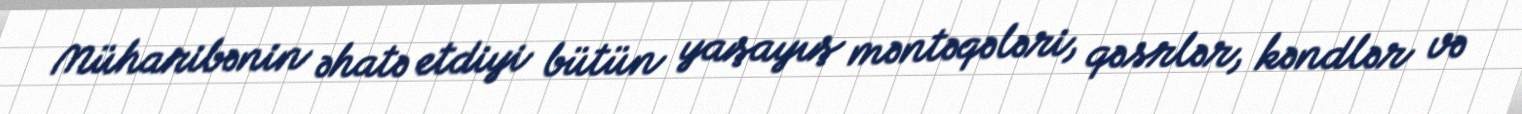
Müharibənin əhatə etdiyi bütün yaşayış məntəqələri, qəsrlər, kəndlər və